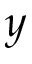
y